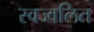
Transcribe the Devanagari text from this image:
स्वज्वलित